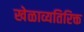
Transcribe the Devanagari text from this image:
खेळाव्यतिरिक्त